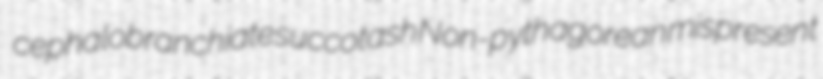
cephalobranchiate succotash Non-pythagorean mispresent